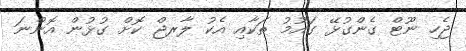
ޖެހި ނޫޓް ގެންގުޅޭ ގައުމު ތަކާއި އެކު ލާރޖް ކޮށް ގުޅުން އޮންނަ